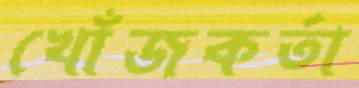
খোঁজকর্তা